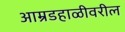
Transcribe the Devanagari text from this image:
आम्रडहाळीवरील